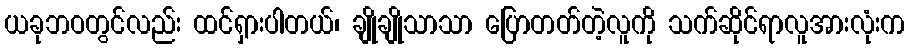
ယခုဘဝတွင်လည်း ထင်ရှားပါတယ်၊ ချိုချိုသာသာ ပြောတတ်တဲ့လူကို သက်ဆိုင်ရာလူအားလုံးက